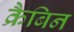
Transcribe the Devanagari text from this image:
क्रैबिन